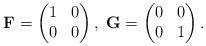
LaTeX: \begin{align*}\mathbf{F} = \begin{pmatrix}1 & 0\\0 & 0\end{pmatrix} ,\; \mathbf{G} = \begin{pmatrix}0 & 0\\0 & 1\end{pmatrix}. \end{align*}